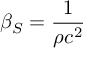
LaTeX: \beta _ { S } = { \frac { 1 } { \rho c ^ { 2 } } }